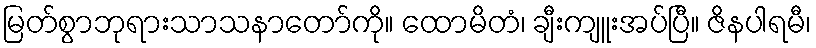
မြတ်စွာဘုရားသာသနာတော်ကို။ ထောမိတံ၊ ချီးကျူးအပ်ပြီ။ ဇိနပါရမီ၊